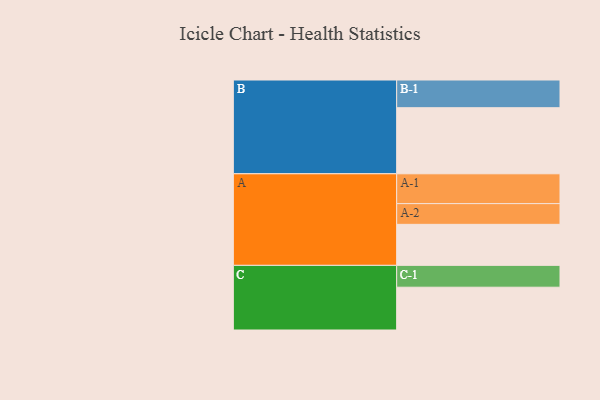
{"axis": {"x": "Segment", "y": "Value"}, "legend": ["", "A", "B", "C"], "data": [{"x": "A", "y": 370, "type": ""}, {"x": "B", "y": 596, "type": ""}, {"x": "C", "y": 386, "type": ""}, {"x": "A-1", "y": 269, "type": "A"}, {"x": "A-2", "y": 187, "type": "A"}, {"x": "B-1", "y": 250, "type": "B"}, {"x": "C-1", "y": 197, "type": "C"}]}